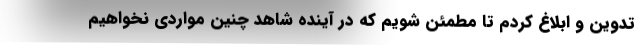
تدوین و ابلاغ کردم تا مطمئن شویم که در آینده شاهد چنین مواردی نخواهیم